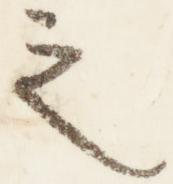
之